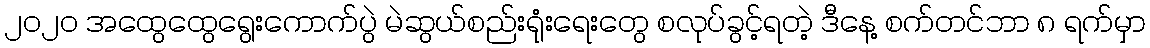
၂၀၂၀ အထွေထွေရွေးကောက်ပွဲ မဲဆွယ်စည်းရုံးရေးတွေ စလုပ်ခွင့်ရတဲ့ ဒီနေ့ စက်တင်ဘာ ၈ ရက်မှာ